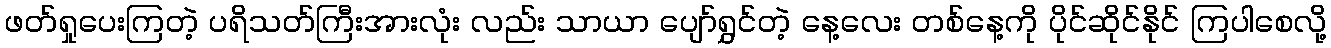
ဖတ်ရှုပေးကြတဲ့ ပရိသတ်ကြီးအားလုံး လည်း သာယာ ပျော်ရွှင်တဲ့ နေ့လေး တစ်နေ့ကို ပိုင်ဆိုင်နိုင် ကြပါစေလို့